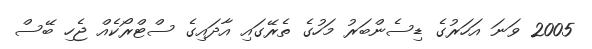
2005 ވަނަ އަހަރުގެ ޑިސެންބަރު މަހުގެ ތެރޭގައި އާދައިގެ ސްޓްރޯކެއް ޖެހި ބޭސް